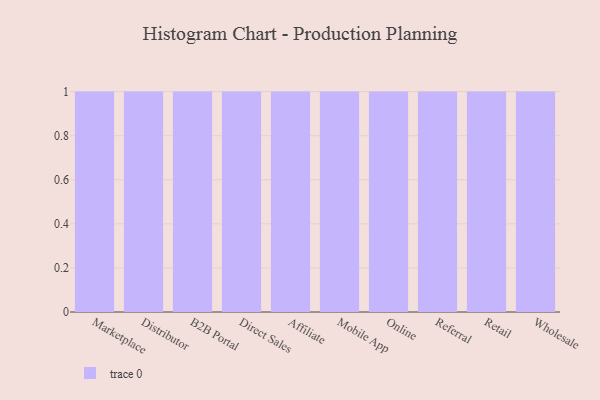
{"axis": {"x": "Channel", "y": "Tickets Resolved"}, "legend": [""], "data": [{"x": "Marketplace", "y": 65, "type": ""}, {"x": "Distributor", "y": 97, "type": ""}, {"x": "B2B Portal", "y": 25, "type": ""}, {"x": "Direct Sales", "y": 63, "type": ""}, {"x": "Affiliate", "y": 52, "type": ""}, {"x": "Mobile App", "y": 41, "type": ""}, {"x": "Online", "y": 46, "type": ""}, {"x": "Referral", "y": 62, "type": ""}, {"x": "Retail", "y": 20, "type": ""}, {"x": "Wholesale", "y": 33, "type": ""}]}